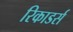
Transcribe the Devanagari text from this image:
रिकाडर्स